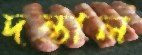
দন্তাল